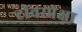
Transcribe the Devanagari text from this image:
टॉवरपेक्षा